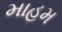
માહમ